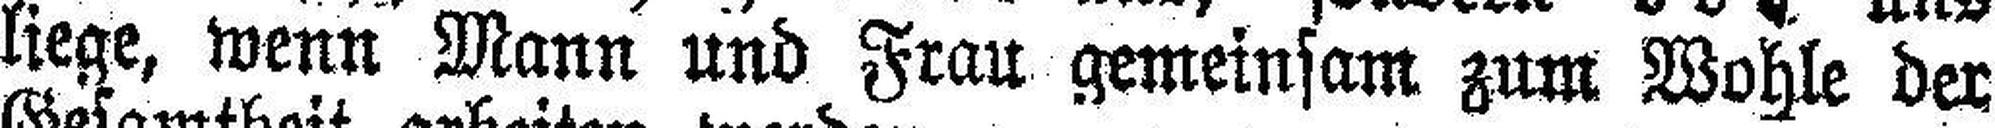
liege, wenn Mann und Frau gemeinsam zum Wöhle der